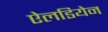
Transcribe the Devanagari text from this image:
ऐलडियेन